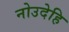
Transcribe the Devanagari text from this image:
नोउदेहि